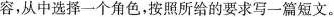
容，从中选择一个角色，按照所给的要求写一篇短文。